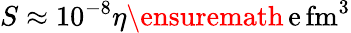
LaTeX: S\approx 10^{-8}\eta\ensuremath{\, \mathrm{e\, fm^{3}}}